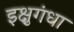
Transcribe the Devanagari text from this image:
इक्षुगंधा